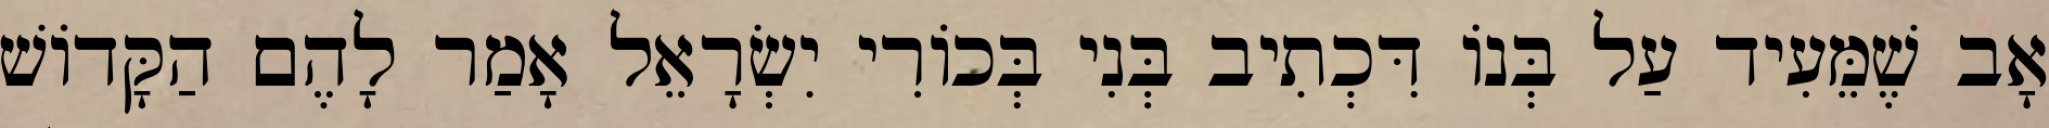
אָב שֶׁמֵּעִיד עַל בְּנוֹ דִּכְתִיב בְּנִי בְּכוֹרִי יִשְׂרָאֵל אָמַר לָהֶם הַקָּדוֹשׁ